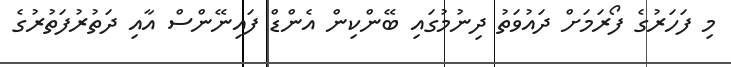
މި ފަހަރުގެ ފޯރަމަށް ދައުވަތު ދިނުމުގައި ބޭންކިން އެންޑް ފައިނޭންސް އާއި ދަތުރުފަތުރުގެ